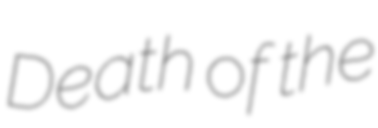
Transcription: Death of the